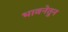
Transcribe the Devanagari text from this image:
भावनेतुन